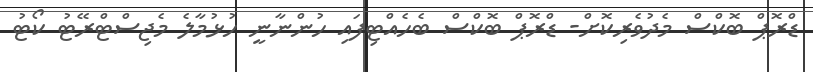
ޑްރޮޕް ބޮކްސް މެދުވެރިކޮށް- ޑްރޮޕް ބޮކްސް ބެހެއްޓިފައި ހުންނާނީ ހުޅުމާލެ މެޖިސްޓްރޭޓު ކޯޓު